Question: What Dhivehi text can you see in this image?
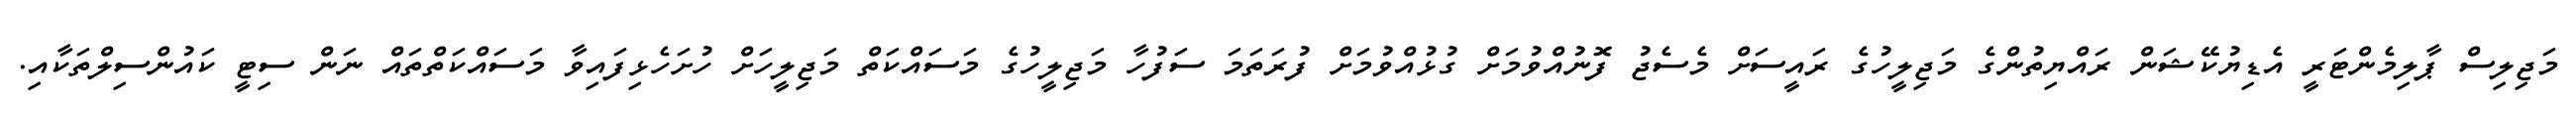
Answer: މަޖިލިސް ޕާލިމެންޓަރީ އެޑިޔުކޭޝަން ރައްޔިތުންގެ މަޖިލީހުގެ ރައީސަށް މެސެޖު ފޮނުއްވުމަށް ގުޅުއްވުމަށް ފުރަތަމަ ސަފުހާ މަޖިލީހުގެ މަސައްކަތް މަޖިލީހަށް ހުށަހެޅިފައިވާ މަސައްކަތްތައް ނަން ސިޓީ ކައުންސިލްތަކާއި.